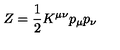
Z = { \frac { 1 } { 2 } } K ^ { \mu \nu } p _ { \mu } p _ { \nu }